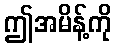
ဤအမိန့်ကို